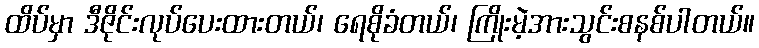
ထိပ်မှာ ဒီဇိုင်းလုပ်ပေးထားတယ်၊ ရေစိုခံတယ်၊ ကြိုးမဲ့အားသွင်းစနစ်ပါတယ်။